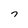
Character: 7